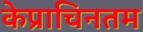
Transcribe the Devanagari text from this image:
केप्राचिनतम